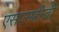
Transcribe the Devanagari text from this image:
एसएमबीजी